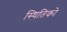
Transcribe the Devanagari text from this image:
स्थितिको